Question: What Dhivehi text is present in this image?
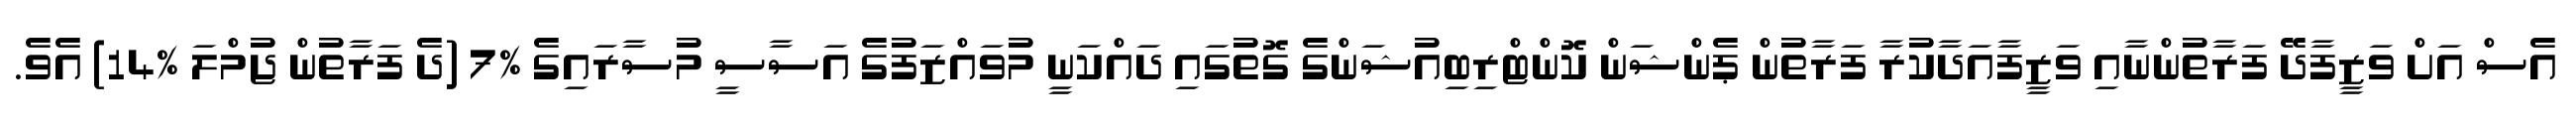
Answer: އެސް އަށް ވަޒީފާދޭ ފަރާތުންނާއި ވަޒީފާއަދާކުރާ ފަރާތުން ޕެންޝަން ކޮންޓްރިބިއުޝަންގެ ގޮތުގައި ދައްކަނީ މުވައްޒަފުގެ އަސާސީ މުސާރައިގެ %7 (ދެ ފަރާތުން ޖުމްލަ %14) އެވެ.